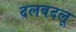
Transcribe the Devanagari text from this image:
दलबदलू